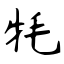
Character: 牦